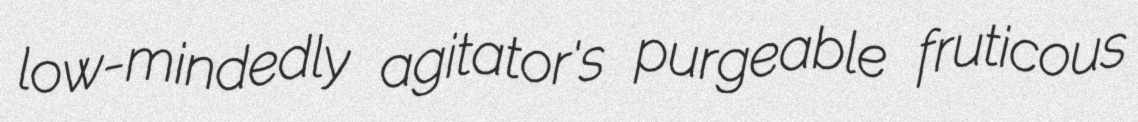
low-mindedly agitator's purgeable fruticous